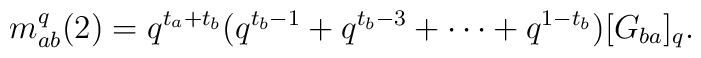
m_{ab}^{q}(2)=q^{t_{a}+t_{b}}(q^{t_{b}-1}+q^{t_{b}-3}+\cdots+q^{1-t_{b}})[G_{ba}]_{q}.